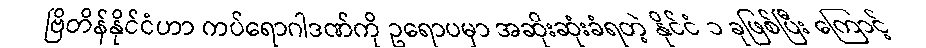
ဗြိတိန်နိုင်ငံဟာ ကပ်ရောဂါဒဏ်ကို ဥရောပမှာ အဆိုးဆုံးခံရတဲ့ နိုင်ငံ ၁ ခုဖြစ်ပြီး ကြောင့်